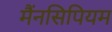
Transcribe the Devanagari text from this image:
मैंनसिपियम